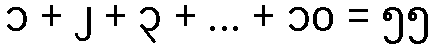
၁ + ၂ + ၃ + ... + ၁၀ = ၅၅